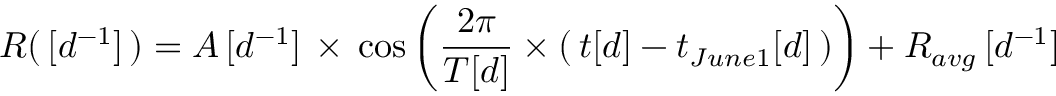
R ( \, [ d ^ { - 1 } ] \, ) = A \, [ d ^ { - 1 } ] \, \times \, \cos \left( \frac { 2 \pi } { T [ d ] } \times ( \, t [ d ] - t _ { J u n e 1 } [ d ] \, ) \right) + R _ { a v g } \, [ d ^ { - 1 } ]